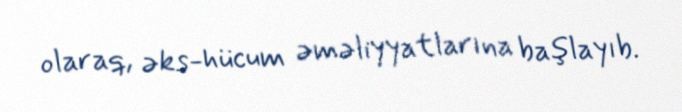
olaraq, əks-hücum əməliyyatlarına başlayıb.